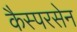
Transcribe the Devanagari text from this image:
कैस्परसेन